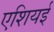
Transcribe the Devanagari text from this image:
एशियई